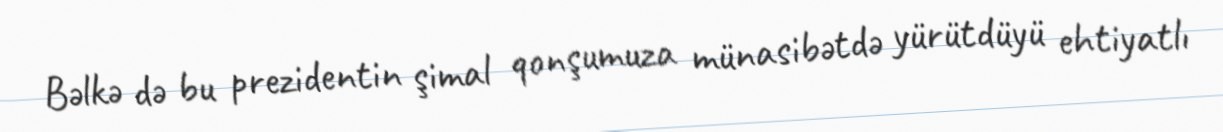
Bəlkə də bu prezidentin şimal qonşumuza münasibətdə yürütdüyü ehtiyatlı